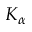
K _ { \alpha }